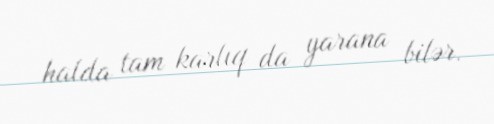
halda tam karlıq da yarana bilər.